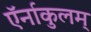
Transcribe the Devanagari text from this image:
ऍर्नाकुलम्